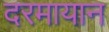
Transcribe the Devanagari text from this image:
दरमायान